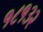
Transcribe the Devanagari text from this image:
१८१३२